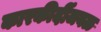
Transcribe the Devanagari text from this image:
कारकीर्दीजवळ